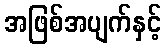
အဖြစ်အပျက်နှင့်